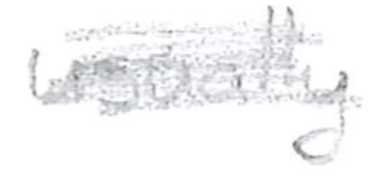
Text: usually
Cross-out: scratch
Writing tool: pencil